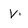
Character: V